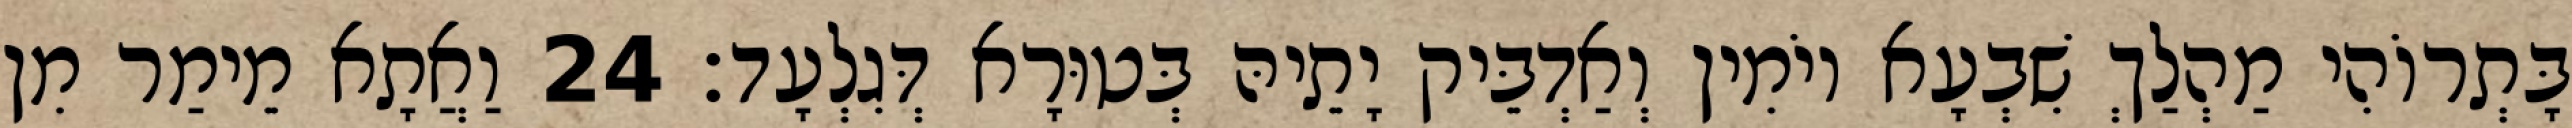
בָּתְרוֹהִי מַהְלַךְ שִׁבְעָא יוֹמִין וְאַדְבֵּיק יָתֵיהּ בְּטוּרָא דְּגִלְעָד׃ 24 וַאֲתָא מֵימַר מִן